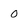
Character: 0